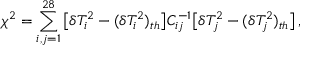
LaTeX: \chi ^ { 2 } = \sum _ { i , j = 1 } ^ { 2 8 } \big [ \delta T _ { i } ^ { 2 } - ( \delta T _ { i } ^ { 2 } ) _ { t h } \big ] C _ { i j } ^ { - 1 } \big [ \delta T _ { j } ^ { 2 } - ( \delta T _ { j } ^ { 2 } ) _ { t h } \big ] \, ,